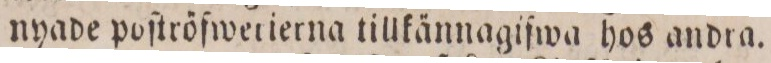
nyade poſtröfwetierna tillkännagifwa hos andra.